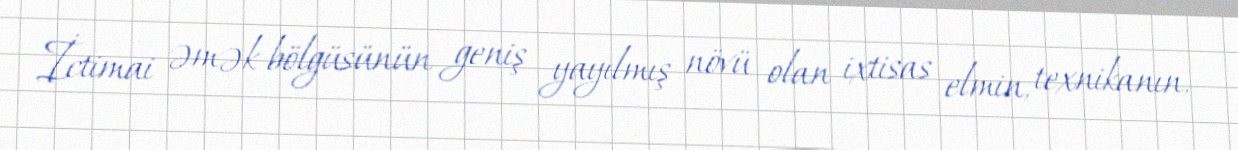
İctimai əmək bölgüsünün geniş yayılmış növü olan ixtisas elmin, texnikanın,